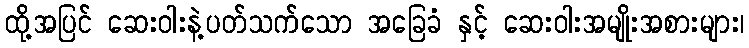
ထို့အပြင် ဆေးဝါးနဲ့ပတ်သက်သော အခြေခံ နှင့် ဆေးဝါးအမျိုးအစားများ၊